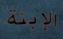
الإبنة